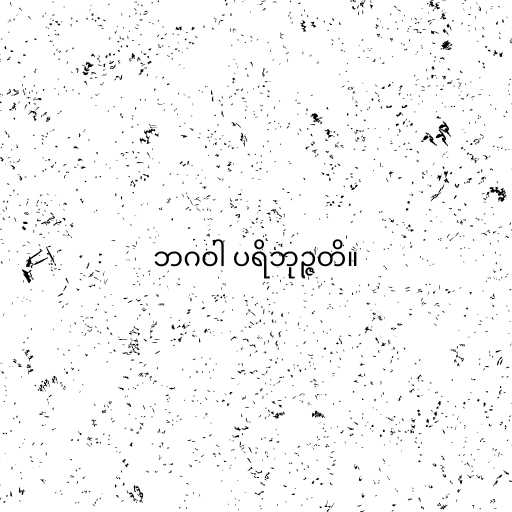
ဘဂဝါ ပရိဘုဉ္ဇတိ။